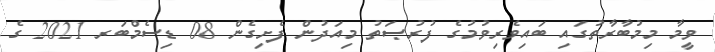
ވީމާ މިމުބާރާތުގައި ބައިވެރިވުމުގެ ފުރުޞަތު މިއަދުން ފެށިގެން 08 ޑިސެމްބަރ 2021 ގެ